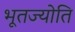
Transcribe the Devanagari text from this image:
भूतज्योति